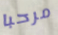
مرحبا